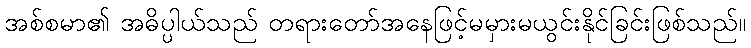
အစ်စမာ၏ အဓိပ္ပါယ်သည် တရားတော်အနေဖြင့်မမှားမယွင်းနိုင်ခြင်းဖြစ်သည်။